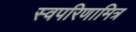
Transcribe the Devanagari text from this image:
स्वपरिणामित्र